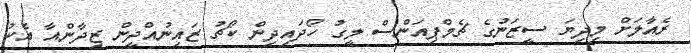
ރެއާލަށް މިދިޔަ ސީޒަނުގެ ޗެމްޕިއަންސް ލީގު ހޯދައިދިން ކޯޗު ޒައިނުއްދީން ޒިދާންއާ އެކު